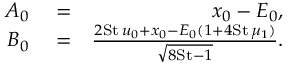
\begin{array} { r l r } { A _ { 0 } } & { { } = } & { x _ { 0 } - E _ { 0 } , } \\ { B _ { 0 } } & { { } = } & { \frac { 2 \mathrm { S t } \, u _ { 0 } + x _ { 0 } - E _ { 0 } ( 1 + 4 \mathrm { S t } \, \mu _ { 1 } ) } { \sqrt { 8 \mathrm { S t } - 1 } } . } \end{array}